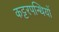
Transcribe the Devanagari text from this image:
कट्टरपन्थियों